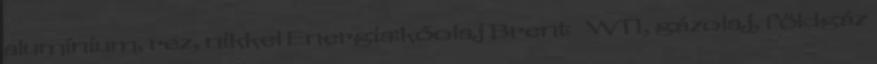
alumínium, réz, nikkel Energia:kőolaj Brent WTI, gázolaj, földgáz